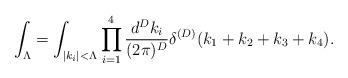
\begin{align*}\int_{\Lambda}=\int_{|k_i|<\Lambda}\prod_{i=1}^{4}\frac{d^Dk_i}{(2\pi)^{D}}\delta^{(D)}(k_1+k_2+k_3+k_4).\end{align*}